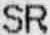
SR